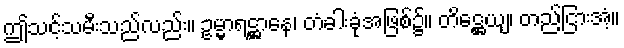
ဤသင့်သမီးသည်လည်း။ ဥမ္မာရဋ္ဌာနေ၊ တံခါးခုံအဖြစ်၌။ တိဋ္ဌေယျ၊ တည်ငြားအံ့။